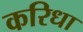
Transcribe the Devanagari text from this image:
करिधा